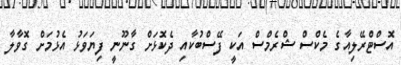
އޮސްޓްރޭލިއާގެ މެކްސް ޝްރެމްސް އަކީ ފޭސްބުކާއި ދެކޮޅަށް ގާނޫނީ ފިޔަވަޅު އެޅުމަށް ގޮވާލާ